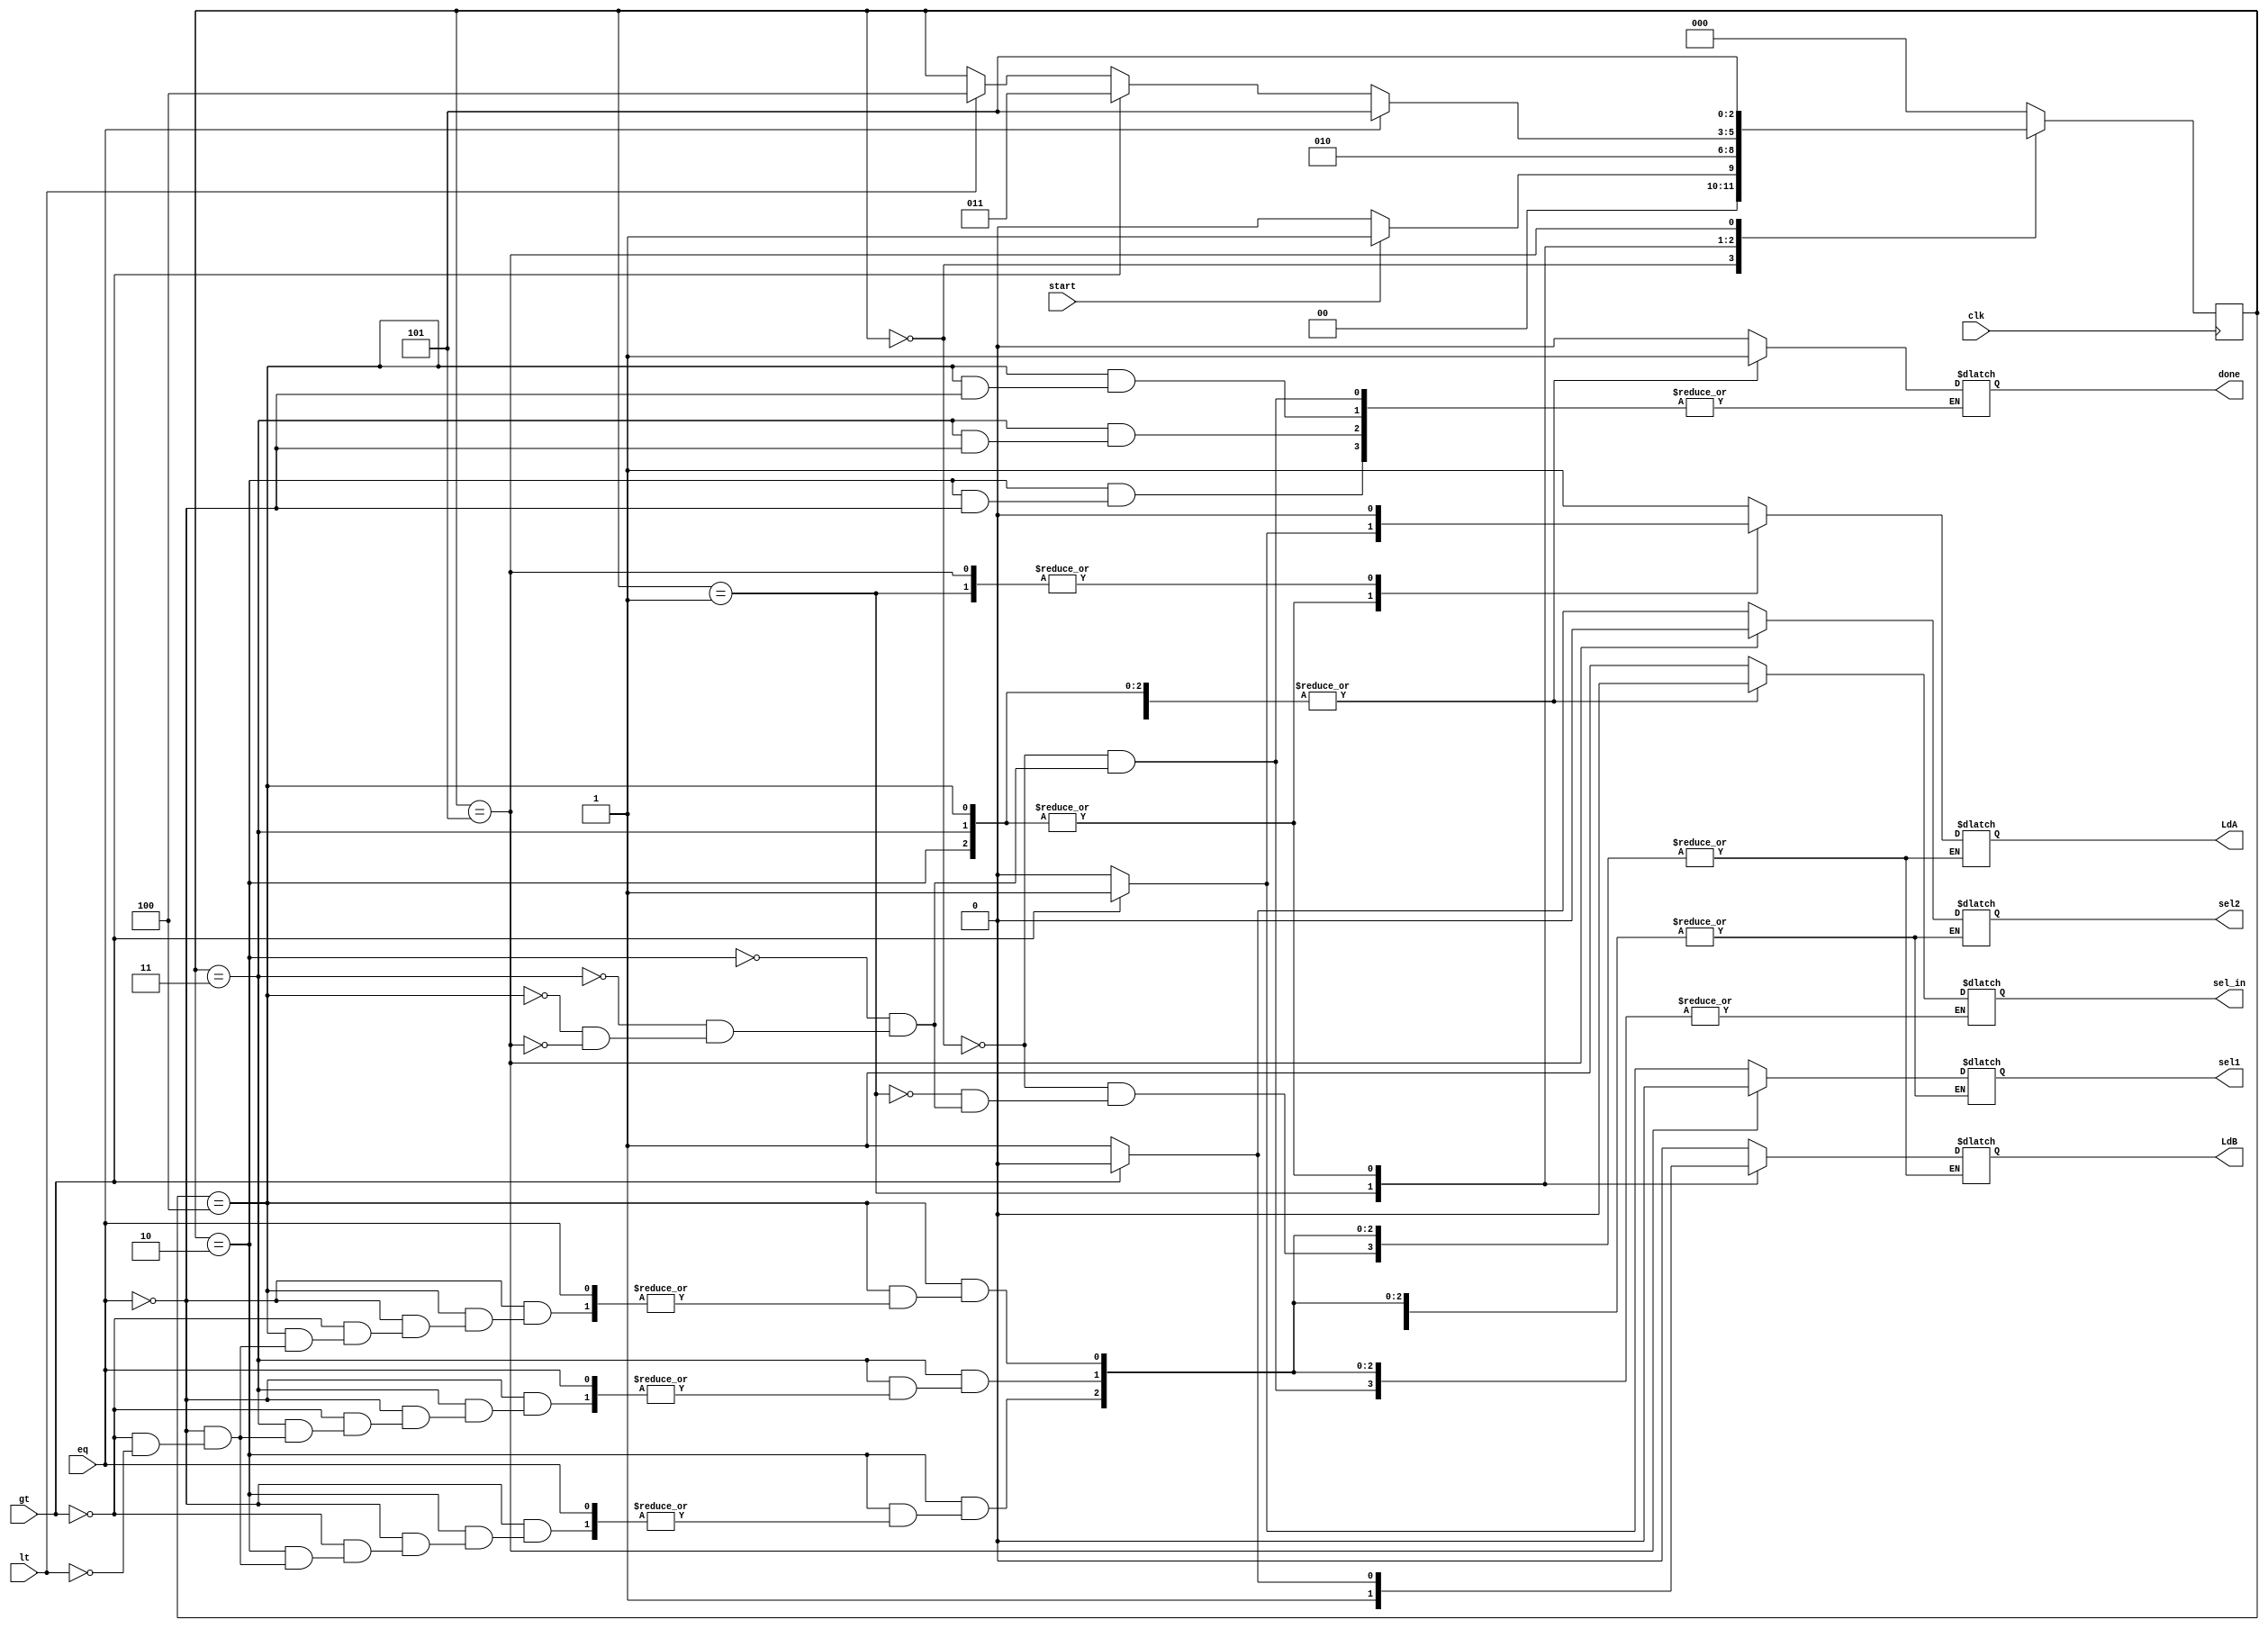
`timescale 1ns / 1ps
//////////////////////////////////////////////////////////////////////////////////
// Company: 
// Engineer: 
// 
// Design Name: 
// Module Name: gcd_cu
// Project Name: 
// Target Devices: 
// Tool Versions: 
// Description: 
// 
// Dependencies: 
// 
// Revision:
// Revision 0.01 - File Created
// Additional Comments:
// 
//////////////////////////////////////////////////////////////////////////////////


module gcd_cu(
input clk, start, gt, eq, lt, output reg sel_in, sel1, sel2, LdA, LdB, done
    );
    
    parameter S0=3'b000, S1=3'b001, S2=3'b010, S3=3'b011, S4=3'b100, S5=3'b101;
    reg [2:0] state;
    always@(posedge clk) begin
        case(state)
            S0: begin
                    if(start) state<=S1;
                    else state<=S0;
                end
            S1: state<=S2;
            S2: begin
                    #2 if(eq) state<=S5;
                    else if(gt) state<=S3;
                    else if(lt) state<=S4;
                end
            S3: begin
                    #2 if(eq) state<=S5;
                    else if(gt) state<=S3;
                    else if(lt) state<=S4;
                end 
            S4: begin
                    #2 if(eq) state<=S5;
                    else if(gt) state<=S3;
                    else if(lt) state<=S4;
                end 
            S5: state<=S5;
            default: state<=S0;
        endcase
    end    
    
    
    always@(state) begin
        case(state)
            S0: begin
                    done=0;
                    sel_in=1;
                    LdA=1;
                    LdB=0;
                end
            S1: begin
                    LdA=0;
                    LdB=1;
                end
            S2: begin
                    if(eq) done=1;
                    else if(gt) begin
                        sel1=1;
                        sel2=0;
                        sel_in=0;
                        #1 LdB=0;
                        LdA=1;
                        end
                    else if(lt) begin
                        sel1=0;
                        sel2=1;
                        sel_in=0;
                        #1 LdB=1;
                        LdA=0;
                        end
                end
            S3: begin
                    if(eq) done=1; 
                    else if(gt) begin
                        sel1=1;
                        sel2=0;
                        sel_in=0;
                        #1 LdB=0;
                        LdA=1;
                        end
                    else if(lt) begin
                        sel1=0;
                        sel2=1;
                        sel_in=0;
                        #1 LdB=1;
                        LdA=0;
                        end
                end
            S4: begin
                    if(eq) done=1; 
                    else if(gt) begin
                        sel1=1;
                        sel2=0;
                        sel_in=0;
                        #1 LdB=0;
                        LdA=1;
                        end
                    else if(lt) begin
                        sel1=0;
                        sel2=1;
                        sel_in=0;
                        #1 LdB=1;
                        LdA=0;
                        end
                end        
            S5: begin
                    done=1; LdA=0; LdB=0; sel_in=0; sel1=0; sel2=0;  
                end 
        endcase             
    end   
    
endmodule